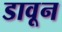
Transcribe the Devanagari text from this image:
डावून